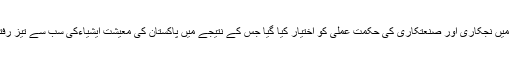
1958ء) کی حکومت تھی ملک میں نجکاری اور صنعتکاری کی حکمت عملی کو اختیار کیا گیا جس کے نتیجے میں پاکستان کی معیشت ایشیاءکی سب سے تیز رفتار ترقی کرتی ہوئی معیشت بنی۔